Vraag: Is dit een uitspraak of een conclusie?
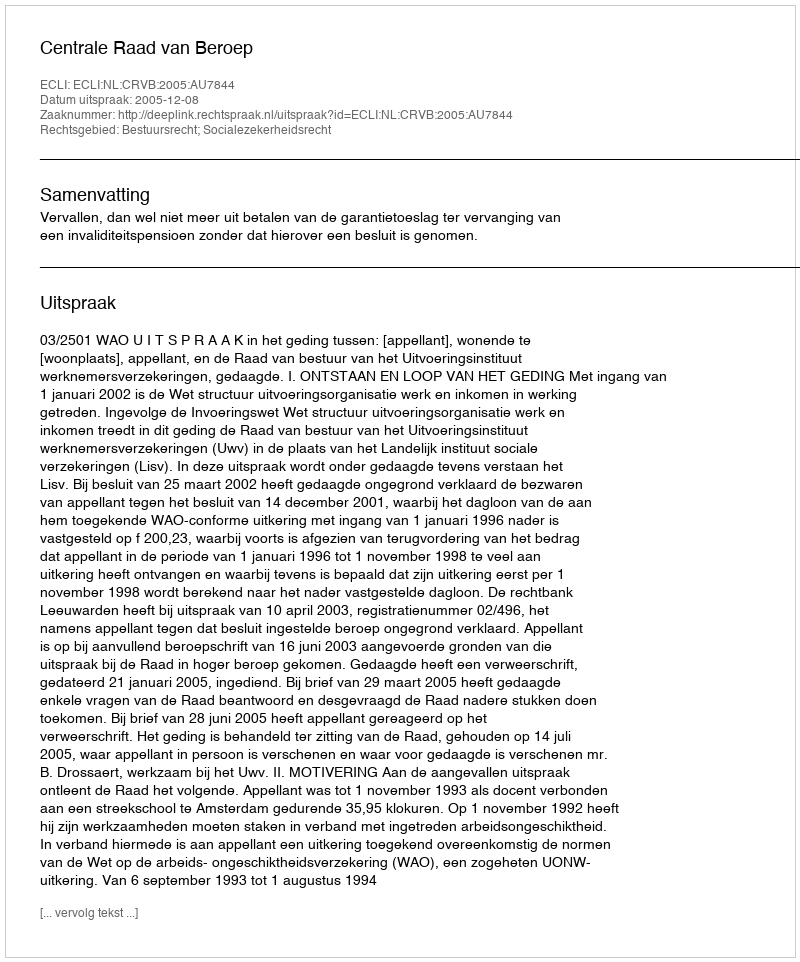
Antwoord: Uitspraak